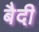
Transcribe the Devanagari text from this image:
बैदी